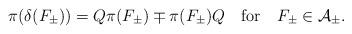
LaTeX: \begin{align*}\pi (\delta (F_\pm)) = Q \pi (F_\pm ) \mp \pi (F_\pm) Q \quad \mbox{for} \quad F_\pm \in {\cal A}_{\pm}. \end{align*}